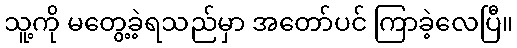
သူ့ကို မတွေ့ခဲ့ရသည်မှာ အတော်ပင် ကြာခဲ့လေပြီ။